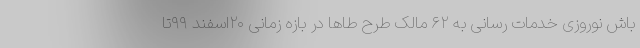
باش نوروزی خدمات رسانی به ۶۲ مالک طرح طاها در بازه زمانی ۲۰اسفند ۹۹تا